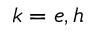
k = e , h